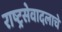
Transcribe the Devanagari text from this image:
राष्ट्रसेवादलाचे